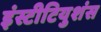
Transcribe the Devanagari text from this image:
इंस्टीटियुशंस